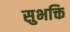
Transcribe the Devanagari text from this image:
सुभक्ति